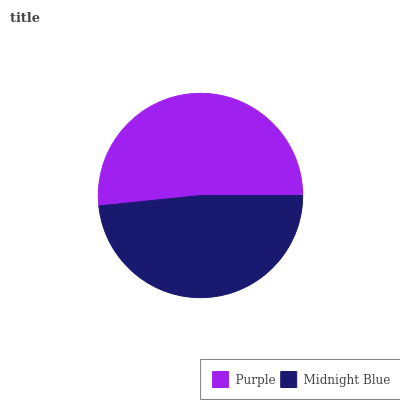
| Purple | Midnight Blue |
 | --- | --- |
 | 51.6% | 48.4% |